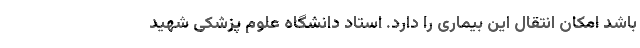
باشد امکان انتقال این بیماری را دارد. استاد دانشگاه علوم پزشکی شهید